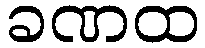
ခဏထ